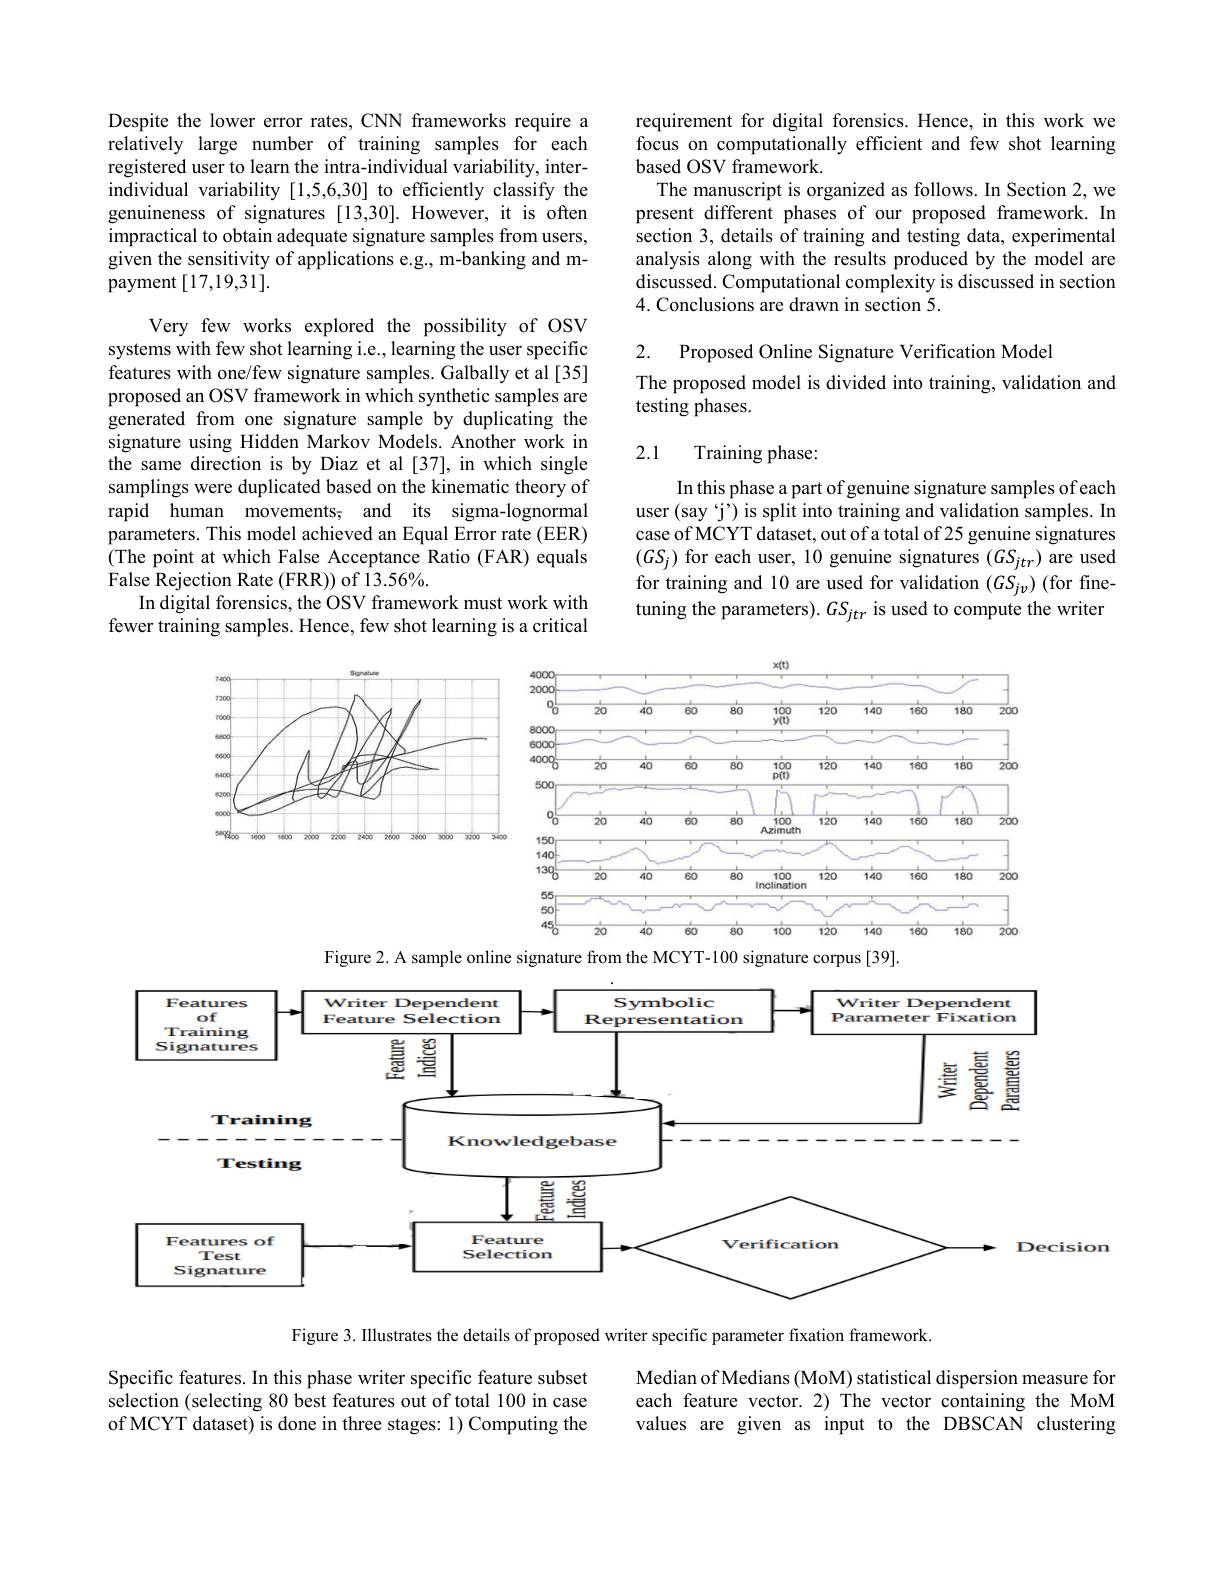
Despite the lower error rates, CNN frameworks require a relatively large number of training samples for each registered user to learn the intra-individual variability, interindividual variability [1,5,6,30] to efficiently classify the genuineness of signatures [13,30]. However, it is often impractical to obtain adequate signature samples from users, given the sensitivity of applications e.g., m-banking and mpayment[17,19,31].

requirement for digital forensics. Hence, in this work we focus on computationally efficient and few shot learning based OSV framework.
The manuscript is organized as follows. In Section 2, we present different phases of our proposed framework. In section 3, details of training and testing data, experimental analysis along with the results produced by the model are discussed. Computational complexity is discussed in section 4. Conclusions are drawn in section 5.

2. Proposed Online Signature Verification Model
The proposed model is divided into training, validation and
testing phases.

## 2.1 Training phase:

Very few works explored the possibility of OSV systems with few shot learning i.e., learning the user specific features with one/few signature samples. Galbally et al [35] proposed an OSV framework in which synthetic samples are generated from one signature sample by duplicating the signature using Hidden Markov Models. Another work in the same direction is by Diaz et al [37], in which single samplings were duplicated based on the kinematic theory of rapid human movements; and its sigma-lognormal parameters. This model achieved an Equal Error rate (EER) (The point at which False Acceptance Ratio (FAR) equals False Rejection Rate (FRR)) of 13.56%.
In digital forensics, the OSV framework must work with fewer training samples. Hence, few shot learning is a critical

In this phase a part of genuine signature samples of each user (say ") is split into training and validation samples. In case of MCYT dataset, out of a total of 25 genuine signatures $(GS_{j})$ for each user, 10 genuine signatures $(GS_jtr)$ are used for training and 10 are used for validation $GS_jv)$ (for finetuning the parameters). $GS_{jtr}$ is used to compute the writer

<FigureHere>

Figure 2. A sample online signature from the MCYT-100 signature corpus [39].

<FigureHere>

Figure 3. Illustrates the details of proposed writer specific parameter fixation framework.

Median of Medians (MoM) statistical dispersion measure for each feature vector. 2) The vector containing the MoM values are given as input to the DBSCAN clustering

Specific features. In this phase writer specific feature subset selection (selecting 80 best features out of total 100 in case of MCYT dataset) is done in three stages: 1) Computing the